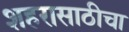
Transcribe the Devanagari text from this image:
शहरासाठीचा